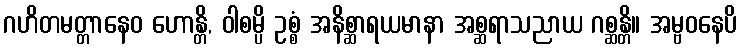
ဂဟိတမတ္တာနေဝ ဟောန္တိ, ဝါစမ္ပိ ဥစ္စံ အနိစ္ဆာရယမာနာ အစ္ဆရာသညာယ ဂစ္ဆန္တိ။ အမ္ဗဝနေပိ